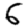
Digit: 6